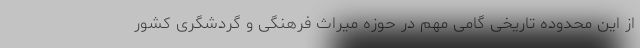
از این محدوده تاریخی گامی مهم در حوزه میراث فرهنگی و گردشگری کشور